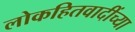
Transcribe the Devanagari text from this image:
लोकहितवादींच्या